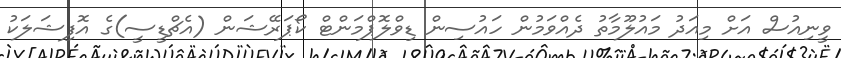
ވީނިއުސް އަށް މިއަދު މައުލޫމާތު ދެއްވަމުން ހައުސިން ޑިވްލޮޕްމަންޓް ކޯޕަރޭޝަން (އެޗްޑީސީ)ގެ އޮފިޝަލަކު